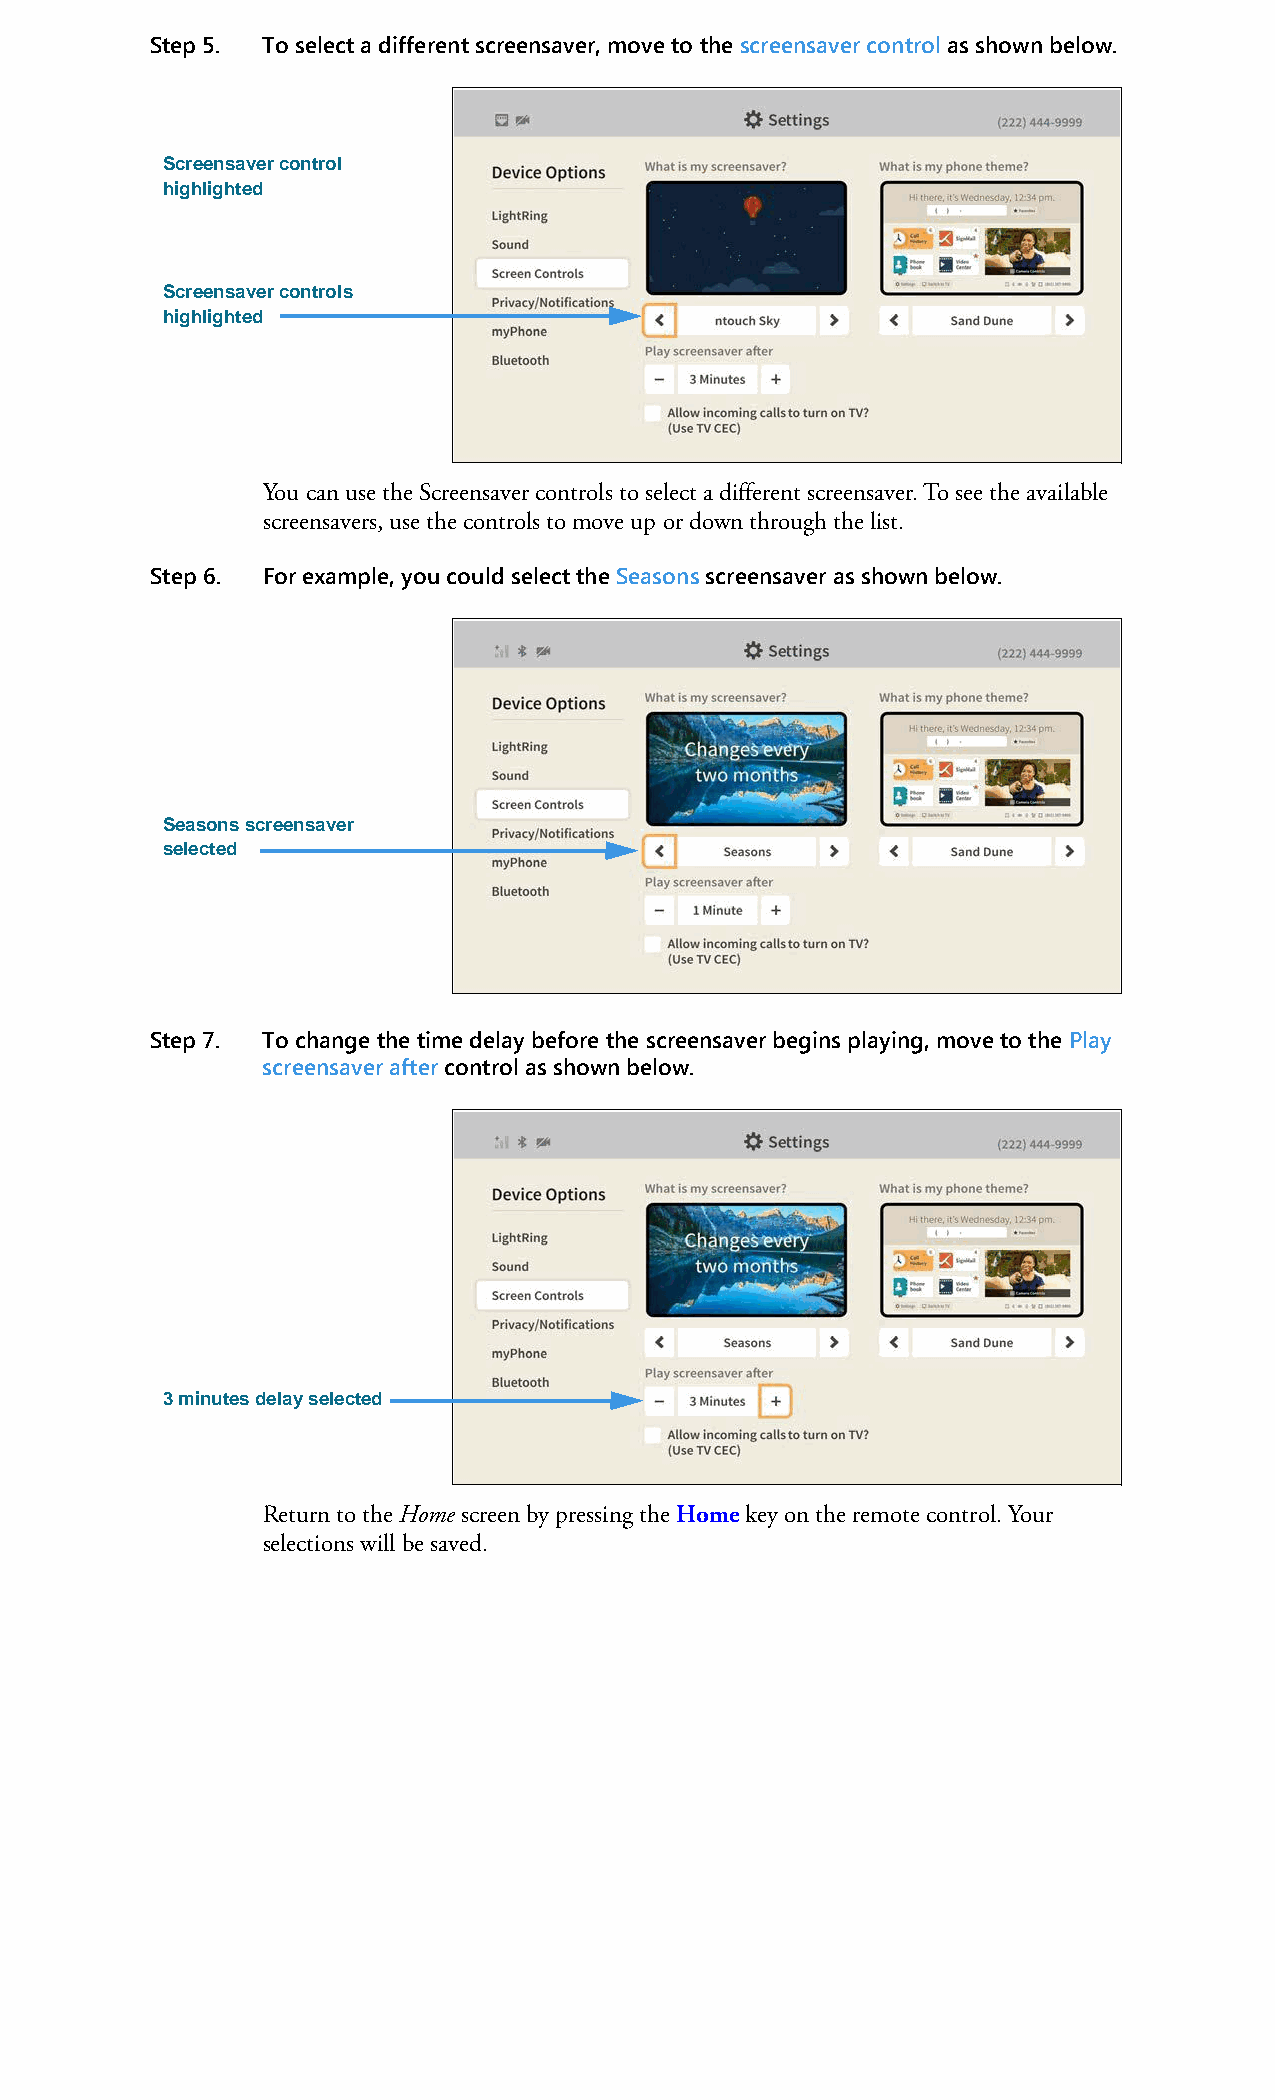
Step 5. To select a different screensaver, move to the screensaver control as shown below.
 Screensaver control
 highlighted
 Screensaver controls
 highlighted
 You can use the Screensaver controls to select a different screensaver. To see the available
 screensavers, use the controls to move up or down through the list.
 Step 6. For example, you could select the Seasons screensaver as shown below.
 Seasons screensaver
 selected
 Step 7. To change the time delay before the screensaver begins playing, move to the Play
 screensaver after control as shown below.
 3 minutes delay selected
 Return to the Home screen by pressing the Home key on the remote control. Your
 selections will be saved.